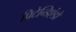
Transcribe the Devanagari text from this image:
प्रिटेन्डिएंडो